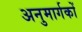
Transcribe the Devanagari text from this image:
अनुमार्गकों